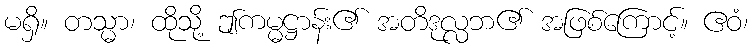
မရှိ။ တသ္မာ၊ ထိုသို့ ဤကမ္မဋ္ဌာန်း၏ အတိဒုလ္လဘ၏ အဖြစ်ကြောင့်။ ဧဝံ၊